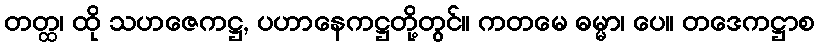
တတ္ထ၊ ထို သဟဇေကဋ္ဌ, ပဟာနေကဋ္ဌတို့တွင်။ ကတမေ ဓမ္မာ၊ ပေ။ တဒေကဋ္ဌာစ